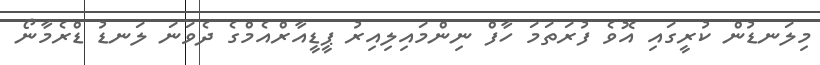
މިލަނޑުން ކުރީގައި އޮވެ ފުރަތަމަ ހާފް ނިންމައިލިއިރު ޕީޑީއާރްއެމްގެ ދެވަނަ ލަނޑު ޑްރެމާނޯ